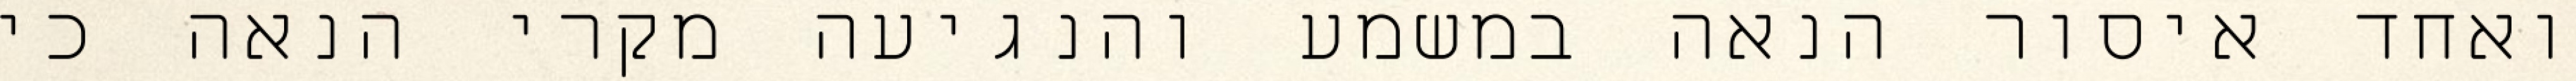
ואחד איסור הנאה במשמע והנגיעה מקרי הנאה כי